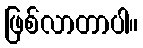
ဖြစ်လာတာပါ။